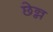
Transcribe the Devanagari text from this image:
छेन्न